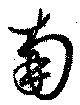
南